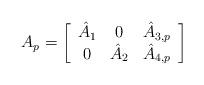
LaTeX: \begin{align*}A_{p}=\left[\begin{array}{ccc}\hat{A}_{1} & 0 & \hat{A}_{3,p}\\0 & \hat{A}_{2} & \hat{A}_{4,p}\end{array}\right]\end{align*}